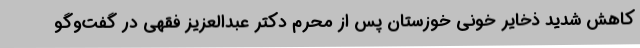
کاهش شدید ذخایر خونی خوزستان پس از محرم دکتر عبدالعزیز فقهی در گفت‌وگو